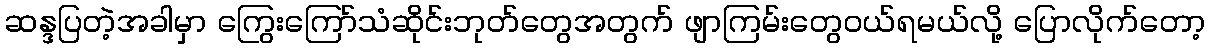
ဆန္ဒပြတဲ့အခါမှာ ကြွေးကြော်သံဆိုင်းဘုတ်တွေအတွက် ဖျာကြမ်းတွေဝယ်ရမယ်လို့ ပြောလိုက်တော့